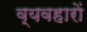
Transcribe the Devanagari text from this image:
व्यवहाराें